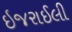
ઇજરાઈલી